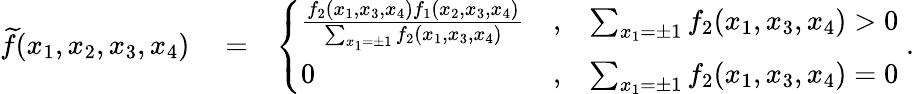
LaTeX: \begin{array}{rlr}{{\widetilde f}(x_{1},x_{2},x_{3},x_{4})}&{{}=}&{\left\{ \begin{array}{lcl}{\frac{f_{2}(x_{1},x_{3},x_{4})f_{1}(x_{2},x_{3},x_{4})}{\sum_{x_{1}=\pm 1}f_{2}(x_{1},x_{3},x_{4})}}&{,}&{\sum_{x_{1}=\pm 1}f_{2}(x_{1},x_{3},x_{4})>0}\\ {0}&{,}&{\sum_{x_{1}=\pm 1}f_{2}(x_{1},x_{3},x_{4})=0}\end{array}\right.\; .}\end{array}